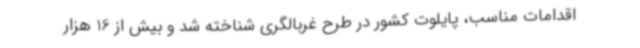
اقدامات مناسب، پایلوت کشور در طرح غربالگری شناخته شد و بیش از 16 هزار